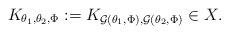
LaTeX: \begin{align*} K_{\theta_1,\theta_2,\Phi} := K_{\mathcal{G}(\theta_1,\Phi),\mathcal{G}(\theta_2,\Phi)} \in X. \end{align*}